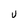
Character: U